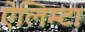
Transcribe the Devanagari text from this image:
ऐलिम्टा